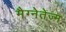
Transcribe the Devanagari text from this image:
मैग्नेतेज्म